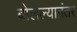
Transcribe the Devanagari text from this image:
बोलल्यानंतर